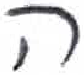
אות: ה